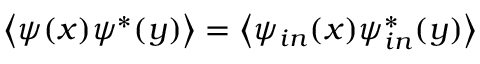
\left\langle \psi ( x ) \psi ^ { \ast } ( y ) \right\rangle = \left\langle \psi _ { i n } ( x ) \psi _ { i n } ^ { \ast } ( y ) \right\rangle